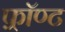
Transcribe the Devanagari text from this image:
फ़्रॉण्ट